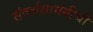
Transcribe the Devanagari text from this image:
संदर्भसामग्रीची